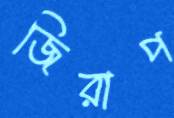
জিরাপ